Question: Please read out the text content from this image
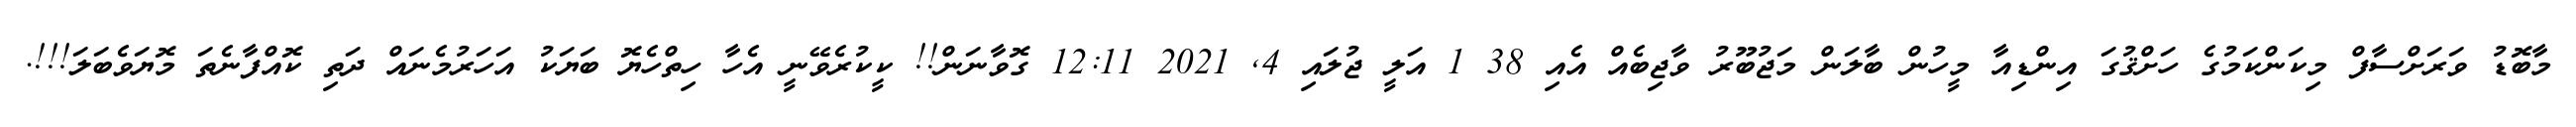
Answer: މާބޮޑު ވަރަށްސާފް މިކަންކަމުގެ ހަށްޤުގަ އިންޑިއާ މީހުން ބާލަން މަޖުބޫރު ވާޖިބެއް އެއި 38 1 އަލީ ޖުލައި 4, 2021 12:11 ގޮވާނަން!! ކީކުރެވޭނީ އެހާ ހިތްހެޔޮ ބަޔަކު އަހަރުމެނައް ދަތި ކޮއްފާނެތަ މޮޔަވެބަލަ!!!.